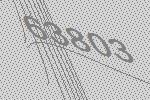
63803